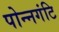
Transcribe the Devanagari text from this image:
पोन्नगंटि